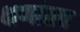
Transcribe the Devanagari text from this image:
क्षणांतच